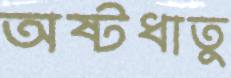
অষ্টধাতু